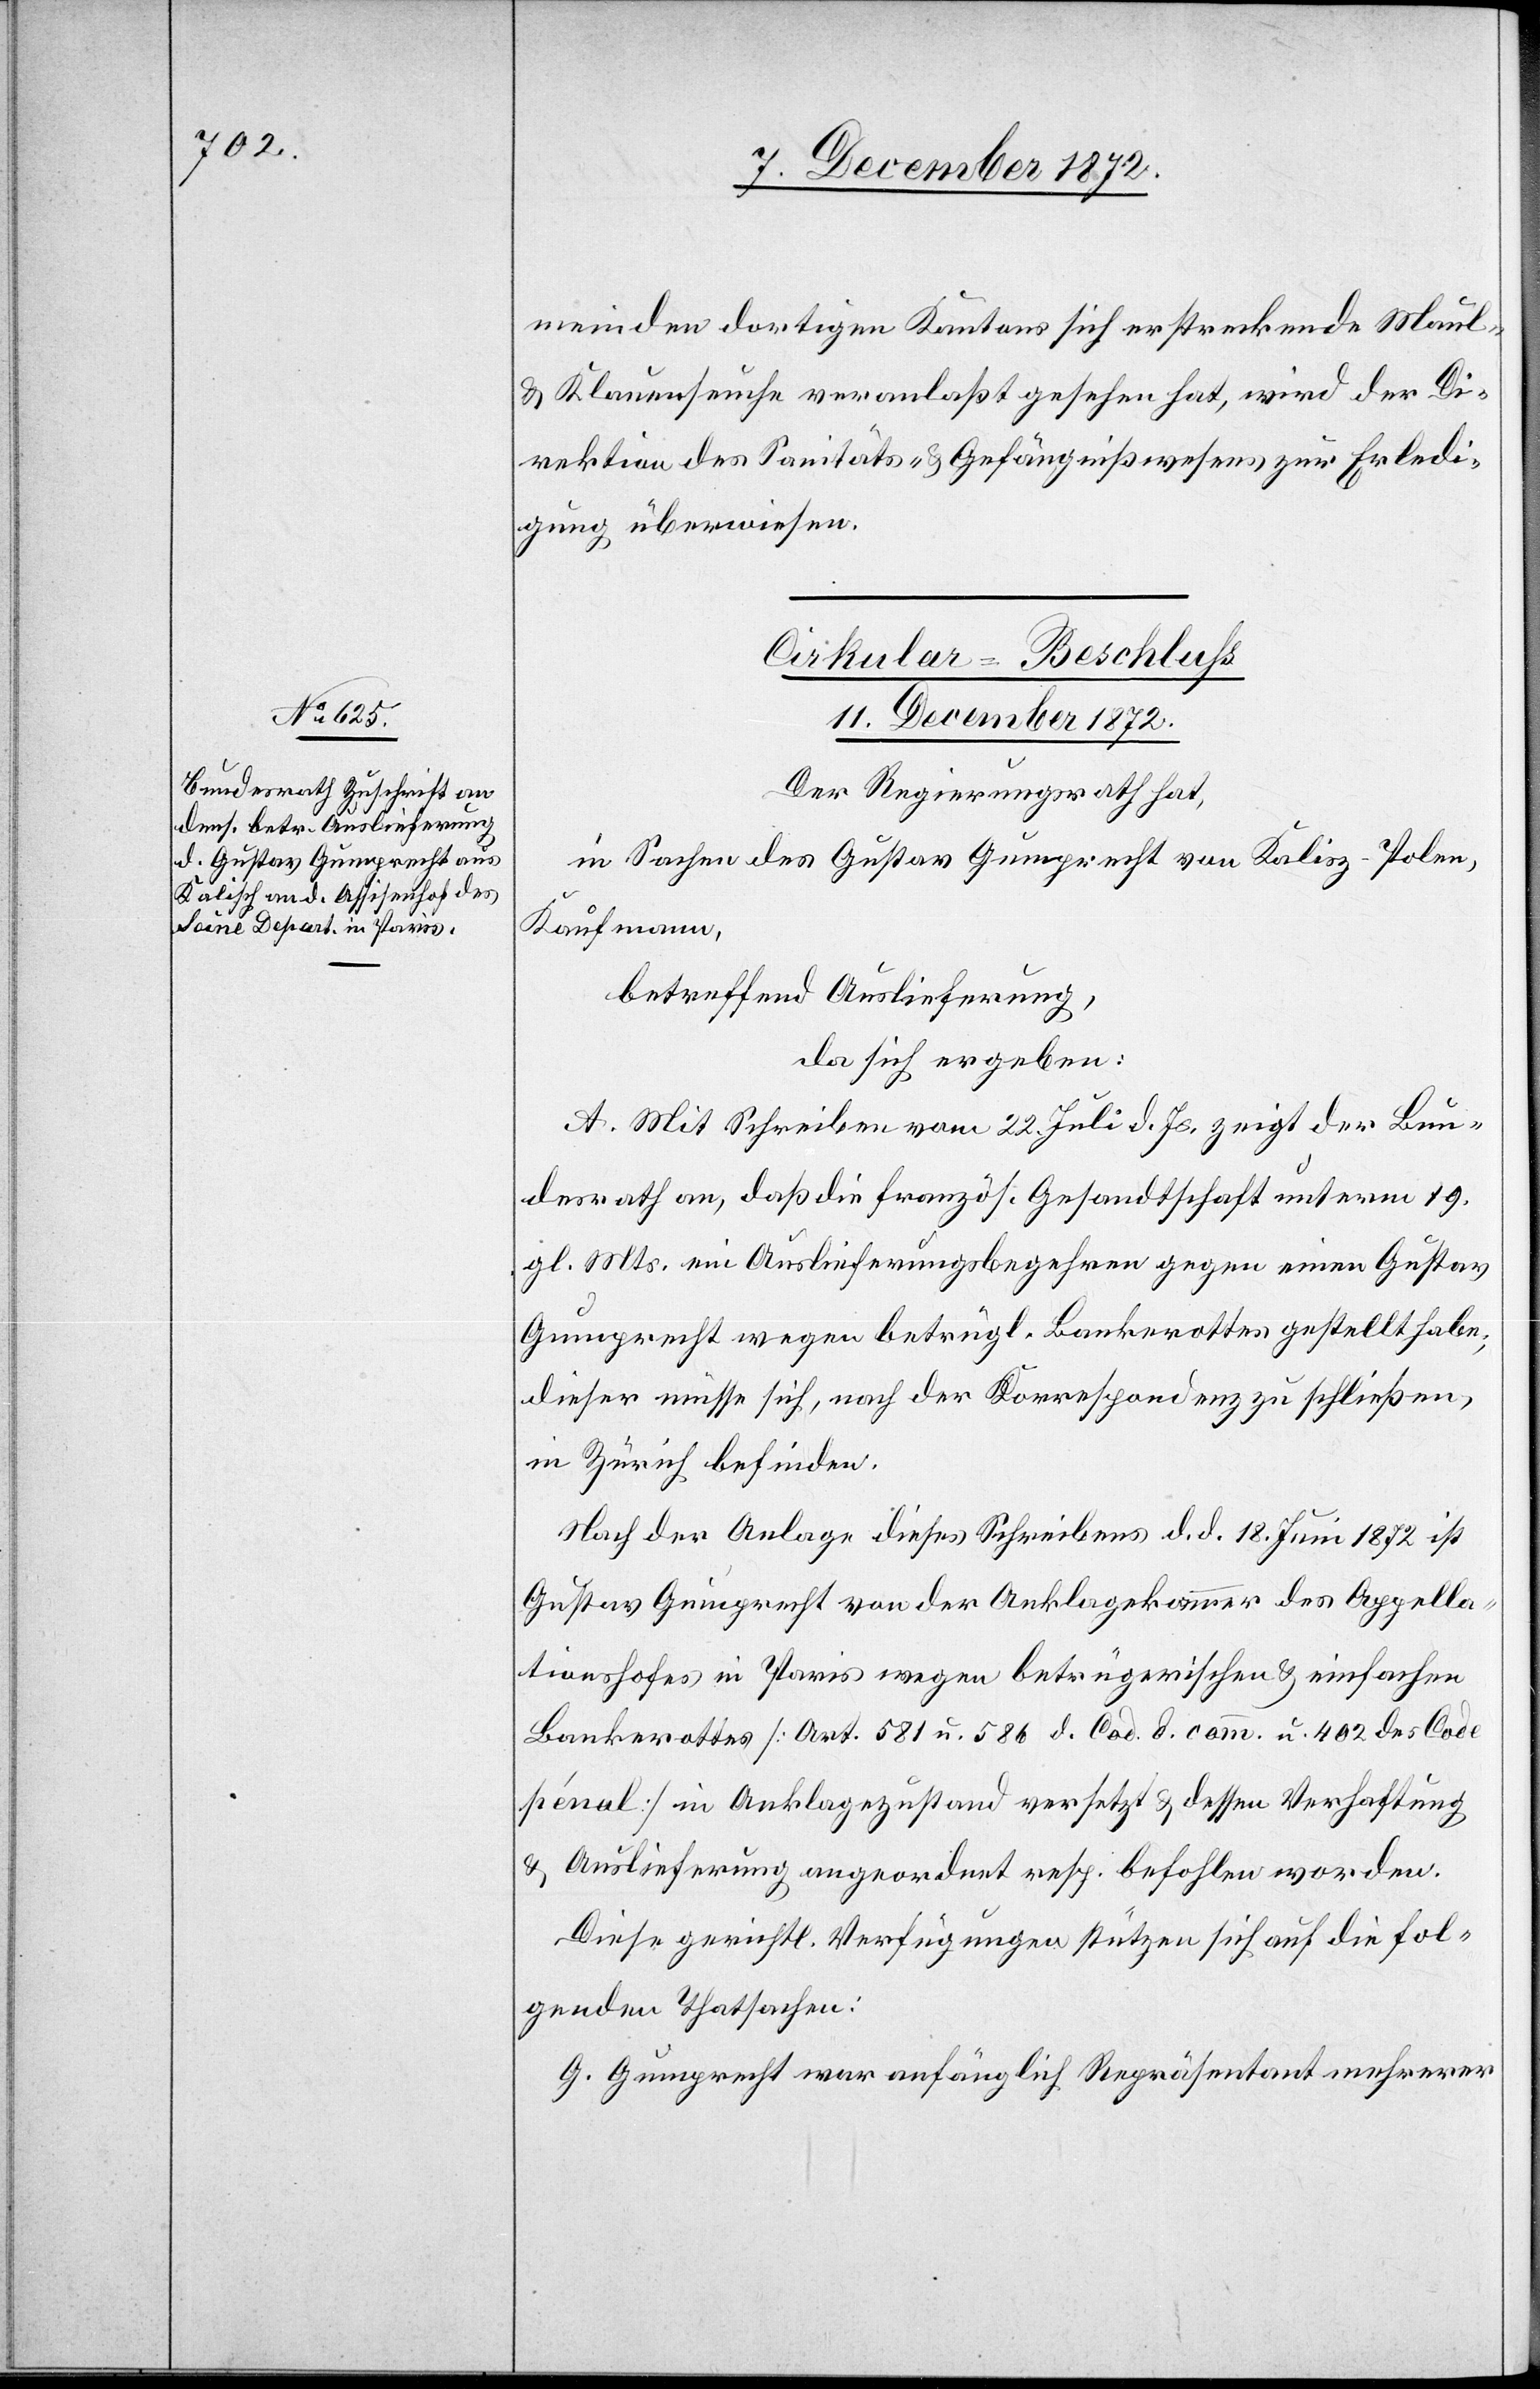
meinden dortigen Kantons sich erstreckende Maul-
u. Klauenseuche veranlaßt gesehen hat, wird der Di¬
rektion des Sanitäts- u. Gefängnißwesens zur Erledi¬
gung überwiesen.
Cirkular-Beschluss
11. December 1872.
Der Regierungsrath hat,
in Sachen des Gustav Gumprecht von Kalisz-Polen,
Kaufmann,
betreffend Auslieferung,
da sich ergeben:
A. Mit Schreiben vom 22. Juli d. Js. zeigt der Bun¬
desrath an, daß die französ. Gesandtschaft unterm 19.
gl. Mts. ein Auslieferungsbegehren gegen einen Gustav
Gumprecht wegen betrügl. Bankerottes gestellt habe;
dieser müsse sich, nach der Korrespondenz zu schließen,
in Zürich befinden.
Nach der Anlage dieses Schreibens d. d. 18. Juni 1872 ist
Gustav Gumprecht von der Anklagekammer des Appella¬
tionshofes in Paris wegen betrügerischen u. einfachen
Bankerottes [Art. 581 u. 586 d. Cod. d. comm. u. 402 des Code
pénal] in Anklagezustand versetzt u. dessen Verhaftung
u. Auslieferung angeordnet resp. befohlen worden.
Diese gerichtl. Verfügungen stützen sich auf die fol¬
genden Thatsachen:
G. Gumprecht war anfänglich Repräsentant mehrerer